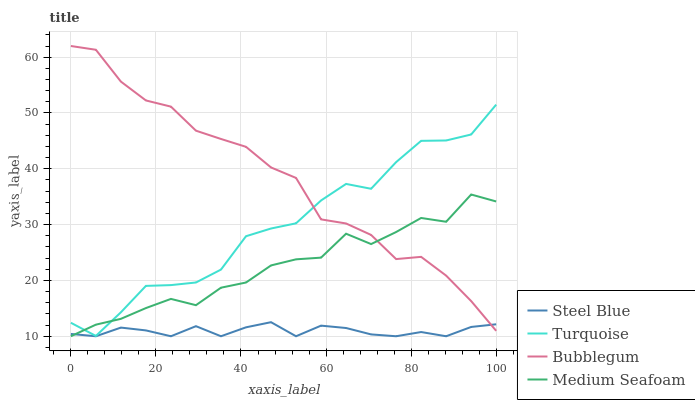
| xaxis_label | Steel Blue | Turquoise | Bubblegum | Medium Seafoam |
 | --- | --- | --- | --- | --- |
 | 0 | 10.4 | 12.4 | 62 | 10 |
 | 5.88 | 10 | 10.1 | 61.3 | 12.1 |
 | 11.8 | 11.6 | 14.3 | 55.6 | 13.1 |
 | 17.6 | 11 | 19 | 52.2 | 15 |
 | 23.5 | 10 | 19.2 | 51.1 | 16.7 |
 | 29.4 | 11.8 | 19.6 | 46.8 | 15.6 |
 | 35.3 | 10 | 21.9 | 45.3 | 18.7 |
 | 41.2 | 11.6 | 27.9 | 43.9 | 19.6 |
 | 47.1 | 12.5 | 29.3 | 40.2 | 22.7 |
 | 52.9 | 10 | 30.2 | 38.4 | 23.8 |
 | 58.8 | 11.9 | 34.3 | 30.9 | 24.1 |
 | 64.7 | 11.5 | 37.3 | 30.2 | 28.4 |
 | 70.6 | 10.3 | 36.4 | 28.2 | 26.5 |
 | 76.5 | 10 | 41.2 | 23.8 | 28.7 |
 | 82.4 | 10.8 | 45 | 24.2 | 31.2 |
 | 88.2 | 10 | 45.1 | 20.9 | 30.5 |
 | 94.1 | 11.7 | 46.1 | 16.3 | 35.4 |
 | 100 | 12.1 | 51.5 | 11 | 34.1 |